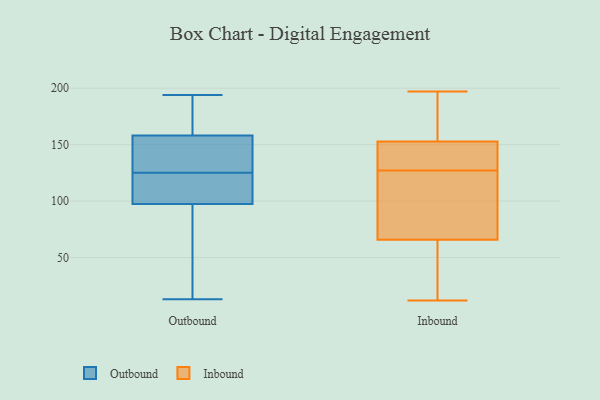
{"axis": {"x": "Customer Acquisition Cost (USD)", "y": "Value"}, "legend": ["Inbound", "Outbound"], "data": [{"x": "", "y": 96, "type": "Outbound"}, {"x": "", "y": 158, "type": "Outbound"}, {"x": "", "y": 162, "type": "Outbound"}, {"x": "", "y": 111, "type": "Outbound"}, {"x": "", "y": 138, "type": "Outbound"}, {"x": "", "y": 169, "type": "Outbound"}, {"x": "", "y": 102, "type": "Outbound"}, {"x": "", "y": 111, "type": "Outbound"}, {"x": "", "y": 158, "type": "Outbound"}, {"x": "", "y": 194, "type": "Outbound"}, {"x": "", "y": 16, "type": "Outbound"}, {"x": "", "y": 76, "type": "Outbound"}, {"x": "", "y": 13, "type": "Outbound"}, {"x": "", "y": 125, "type": "Outbound"}, {"x": "", "y": 142, "type": "Outbound"}, {"x": "", "y": 152, "type": "Inbound"}, {"x": "", "y": 23, "type": "Inbound"}, {"x": "", "y": 13, "type": "Inbound"}, {"x": "", "y": 197, "type": "Inbound"}, {"x": "", "y": 127, "type": "Inbound"}, {"x": "", "y": 12, "type": "Inbound"}, {"x": "", "y": 155, "type": "Inbound"}, {"x": "", "y": 68, "type": "Inbound"}, {"x": "", "y": 127, "type": "Inbound"}, {"x": "", "y": 161, "type": "Inbound"}, {"x": "", "y": 196, "type": "Inbound"}, {"x": "", "y": 144, "type": "Inbound"}, {"x": "", "y": 107, "type": "Inbound"}, {"x": "", "y": 87, "type": "Inbound"}, {"x": "", "y": 103, "type": "Inbound"}, {"x": "", "y": 135, "type": "Inbound"}, {"x": "", "y": 59, "type": "Inbound"}]}